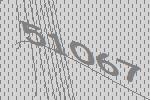
51067